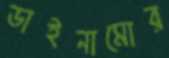
ডাইনামোর